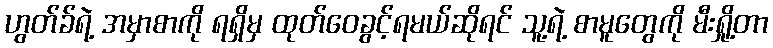
ဟွတ်ခ်ရဲ့ အမှာစာကို ရရှိမှ ထုတ်ဝေခွင့်ရမယ်ဆိုရင် သူ့ရဲ့ စာမူတွေကို မီးရှို့တာ